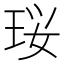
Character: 珱